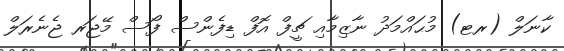
ކާނަލް (ރޓ) މުޙައްމަދު ނާޒިމާއި ޗީފް އޮފް ޑިފެންސް ފޯސް މޭޖަރ ޖެނެރަލް